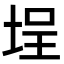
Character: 埕